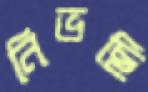
নিভছি